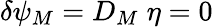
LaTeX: \delta\psi_{M}=D_{M}\; \eta=0